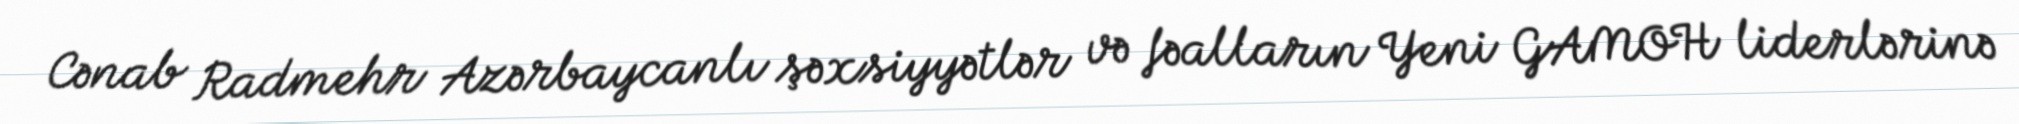
Cənab Radmehr Azərbaycanlı şəxsiyyətlər və fəalların Yeni GAMOH liderlərinə